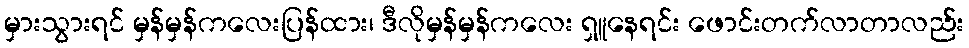
မှားသွားရင် မှန်မှန်ကလေးပြန်ထား၊ ဒီလိုမှန်မှန်ကလေး ရှူနေရင်း ဖောင်းတက်လာတာလည်း